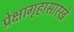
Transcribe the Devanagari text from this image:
प्रेक्षागृहासारखे